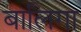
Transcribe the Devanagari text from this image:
बालिगा